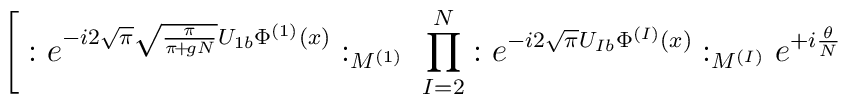
\Bigg[: e^{- i 2 \sqrt{\pi} \sqrt{\frac{\pi}{\pi\!+\!gN}} U_{1 b} \Phi^{(1)}(x)}:_{M^{(1)}} \; \prod_{I=2}^N: e^{- i 2 \sqrt{\pi} U_{I b} \Phi^{(I)}(x)}:_{M^{(I)}} e^{+ i \frac{\theta}{N}}